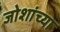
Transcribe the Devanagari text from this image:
जोशांच्या